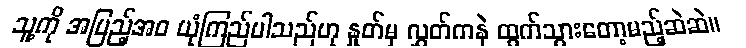
သူ့ကို အပြည့်အဝ ယုံကြည်ပါသည်ဟု နှုတ်မှ လွှတ်ကနဲ ထွက်သွားတော့မည့်ဆဲဆဲ။